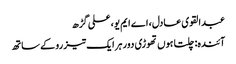
عبدالقوی عادل، اے ایم یو، علی گڑھ
آئندہ: چلتا ہوں تھوڑی دور ہر ایک تیز رو کے ساتھ